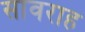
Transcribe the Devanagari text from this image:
सावराह